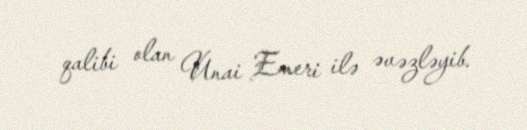
qalibi olan Unai Emeri ilə əvəzləyib.